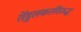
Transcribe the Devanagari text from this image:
तेंडुलकरविरुद्ध